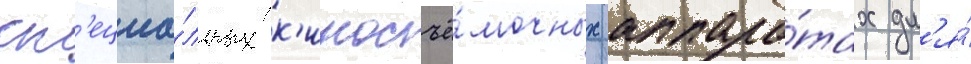
сп'ециа́льных к'иносъё́мочных аппара́тах дл'я́